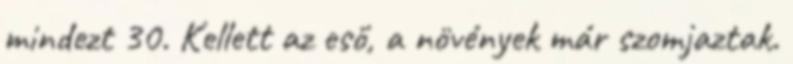
mindezt 30. Kellett az eső, a növények már szomjaztak.